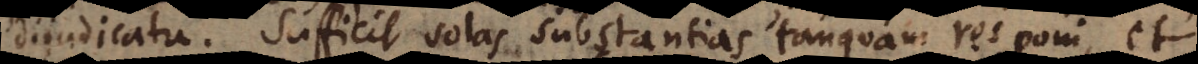
dijudicatu. Sufficit solas substantias tanquam res poni, et